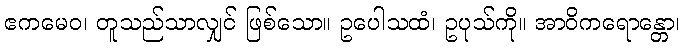
ဧကမေဝ၊ တူသည်သာလျှင် ဖြစ်သော။ ဥပေါသထံ၊ ဥပုသ်ကို။ အာဝိကရောန္တော၊